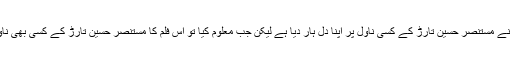
اس فلم کا نام اتنا خوبصورت تھا کہ مجھے شک گزرا کہ شاید سیّد نور نے مستنصر حسین تارڑ کے کسی ناول پر اپنا دل ہار دیا ہے لیکن جب معلوم کیا تو اس فلم کا مستنصر حسین تارڑ کے کسی بھی ناول سے دور دور تک کوئی تعلق نہ تھا اور یوں میں یہ فلم نہ دیکھ سکا۔